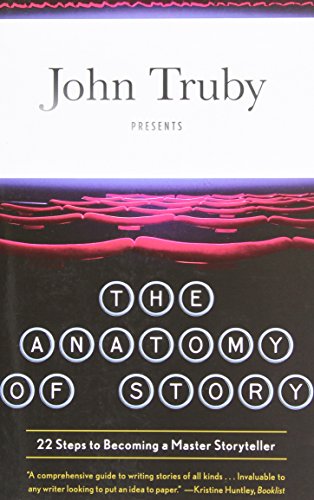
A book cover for The Anatomy of Story: 22 Steps to Becoming a Master Storyteller; John Truby; Humor & Entertainment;